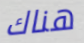
هناك